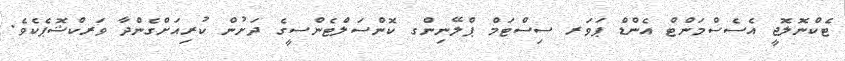
ޓެކްނޮލޮޖީ އެސެސްމަންޓް އެންޑް ޕަވަރ ސިސްޓަމް ޕްލޭނިންގ ކޮންސަލްޓެންސީގެ ދަށުން ކުރިއަށްގެންދާ ވަރކްޝޮޕެކެވެ.